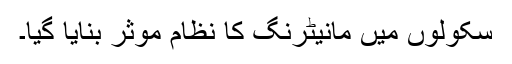
سکولوں میں مانیٹرنگ کا نظام موثر بنایا گیا۔